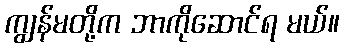
ကျွန်မတို့က ဘာကိုဆောင်ရ မယ်။